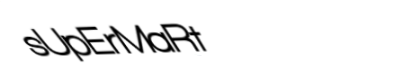
sUpErMaRt